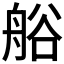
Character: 𮎐